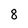
Character: 8